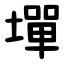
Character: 墠